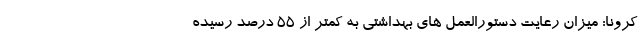
کرونا: میزان رعایت دستورالعمل های بهداشتی به کمتر از ۵۵ درصد رسیده